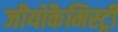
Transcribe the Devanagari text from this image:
जीयोकैमिस्ट्री